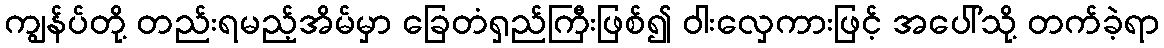
ကျွန်ပ်တို့ တည်းရမည့်အိမ်မှာ ခြေတံရှည်ကြီးဖြစ်၍ ဝါးလှေကားဖြင့် အပေါ်သို့ တက်ခဲ့ရာ